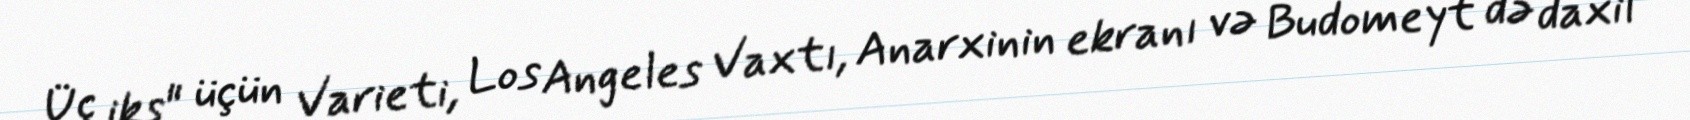
Üç iks" üçün Varieti, Los Angeles Vaxtı, Anarxinin ekranı və Budomeyt də daxil